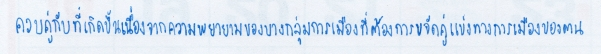
ควบคู่กับที่เกิดขึ้นเนื่องจากความพยายามของบางกลุ่มการเมืองที่ต้องการขจัดคู่แข่งทางการเมืองของตน